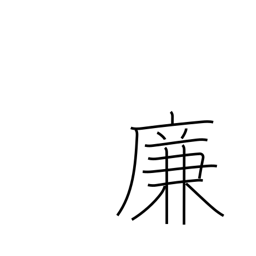
Meaning: account